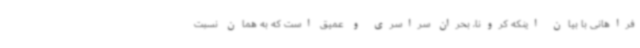
فراهانی با بیان اینکه کرونا، بحران سراسری و عمیق است که به همان نسبت